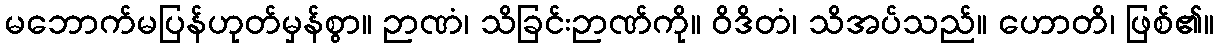
မဘောက်မပြန်ဟုတ်မှန်စွာ။ ဉာဏံ၊ သိခြင်းဉာဏ်ကို။ ဝိဒိတံ၊ သိအပ်သည်။ ဟောတိ၊ ဖြစ်၏။